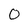
Character: 0